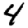
Digit: 4